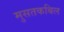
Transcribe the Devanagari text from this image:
मुसतकबिल